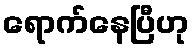
ရောက်နေပြီဟု